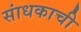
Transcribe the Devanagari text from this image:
सांधकाची